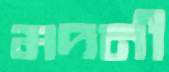
মদনী